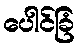
ပေါင်ခြံ